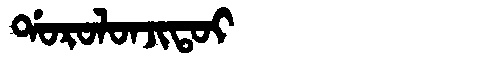
Manchu: ᡩᠣᡵᠣᠯᠣᠨᠵᡳᡨᠣᡳ
Romanization: DOROLONJITOI